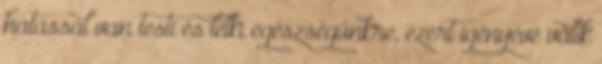
hatással van testi és lelki egészségünkre, ezért igényévé válik